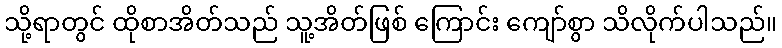
သို့ရာတွင် ထိုစာအိတ်သည် သူ့အိတ်ဖြစ် ကြောင်း ကျော်စွာ သိလိုက်ပါသည်။